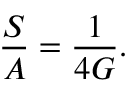
\frac { S } { A } = \frac { 1 } { 4 G } .